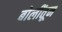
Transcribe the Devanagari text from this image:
बोलींतून